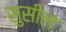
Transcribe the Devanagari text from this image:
सुसील